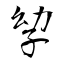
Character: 孧